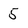
Character: 5